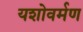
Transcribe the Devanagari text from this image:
यशोवर्मण